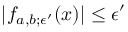
| f _ { a , b ; \epsilon ^ { \prime } } ( x ) | \le \epsilon ^ { \prime }